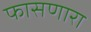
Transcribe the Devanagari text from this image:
फासणारा